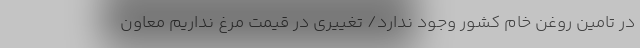
در تامین روغن خام کشور وجود ندارد/ تغییری در قیمت مرغ نداریم معاون